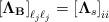
LaTeX: \begin{align*}{\left[ {{{\bf{\Lambda }}_{{{\mathrm{\bf{B}}}}}}} \right]_{\ell_{j}\ell_{j}}} = \left[ {{{\bf{\Lambda}}_{s}}} \right]_{ii}\end{align*}